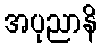
အပုညာနိ